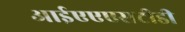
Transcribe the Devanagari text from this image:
आईएएएसटीडी